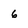
Character: 6